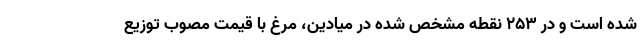
شده است و در ۲۵۳ نقطه مشخص شده در میادین، مرغ با قیمت مصوب توزیع